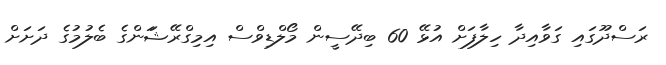
ރަސްދޫގައި ގަވާއިދާ ހިލާފަށް އުޅޭ 60 ބިދޭސީން މޯލްޑިވްސް އިމިގްރޭޝަަންގެ ބެލުމުގެ ދަށަށް